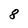
Character: 8